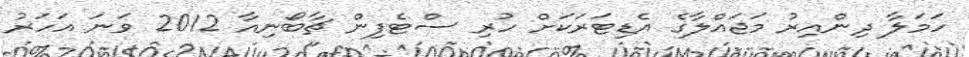
ހަމަލާ ދިންއިރު މަޖައްލާގެ އެޑިޓަރަކަށް ހުރި ސްޓެފިން ޗާބޯނިއާ 2012 ވަނަ އަހަރު